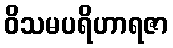
ဝိသမပရိဟာရဇာ